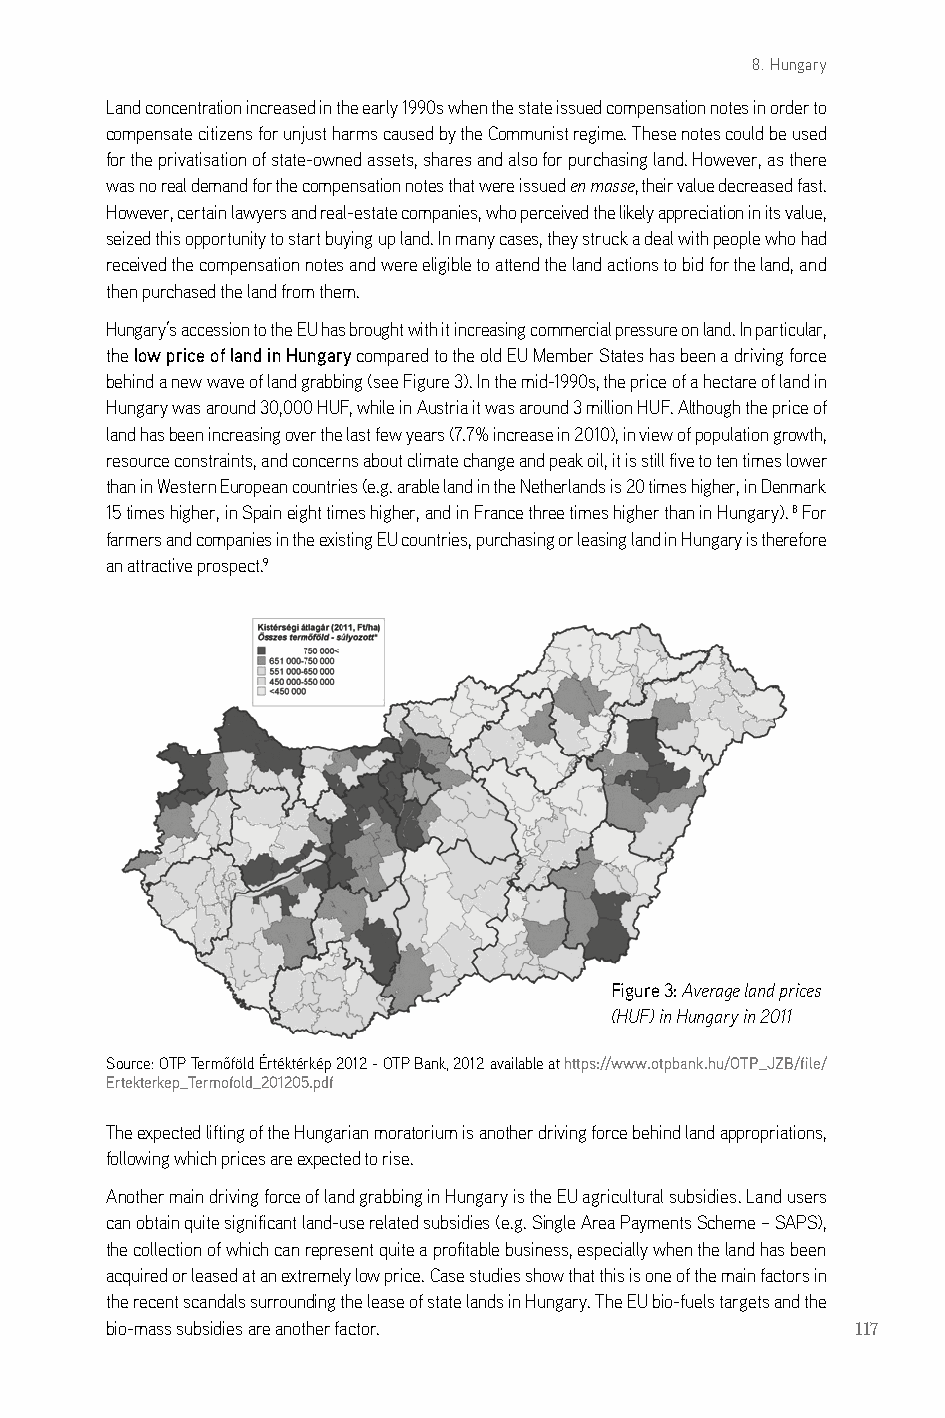
8. Hungary
 land concentration increased in the early 1990s when the state issued compensation notes in order to
 compensate citizens for unjust harms caused by the communist regime. These notes could be used
 for the privatisation of state-owned assets, shares and also for purchasing land. However, as there
 was no real demand for the compensation notes that were issued en masse, their value decreased fast.
 However, certain lawyers and real-estate companies, who perceived the likely appreciation in its value,
 seized this opportunity to start buying up land. in many cases, they struck a deal with people who had
 received the compensation notes and were eligible to attend the land actions to bid for the land, and
 then purchased the land from them.
 Hungary’s accession to the eU has brought with it increasing commercial pressure on land. in particular,
 the low price of land in Hungary compared to the old eU Member states has been a driving force
 behind a new wave of land grabbing (see Figure 3). in the mid-1990s, the price of a hectare of land in
 Hungary was around 30,000 HUF, while in austria it was around 3 million HUF. although the price of
 land has been increasing over the last few years (7.7% increase in 2010), in view of population growth,
 resource constraints, and concerns about climate change and peak oil, it is still five to ten times lower
 than in Western european countries (e.g. arable land in the netherlands is 20 times higher, in denmark
 15 times higher, in spain eight times higher, and in France three times higher than in Hungary). 8 For
 farmers and companies in the existing eU countries, purchasing or leasing land in Hungary is therefore
 an attractive prospect.9
 Figure 3: Average land prices
 (HUF) in Hungary in 2011
 source: OTP Termőföld Értéktérkép 2012 - OTP Bank, 2012 available at https://www.otpbank.hu/OTP_JZB/file/
 Ertekterkep_Termofold_201205.pdf
 The expected lifting of the Hungarian moratorium is another driving force behind land appropriations,
 following which prices are expected to rise.
 another main driving force of land grabbing in Hungary is the eU agricultural subsidies. land users
 can obtain quite significant land-use related subsidies (e.g. single area Payments scheme – saPs),
 the collection of which can represent quite a profitable business, especially when the land has been
 acquired or leased at an extremely low price. case studies show that this is one of the main factors in
 the recent scandals surrounding the lease of state lands in Hungary. The eU bio-fuels targets and the
 bio-mass subsidies are another factor.            117